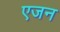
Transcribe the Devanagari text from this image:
एजन